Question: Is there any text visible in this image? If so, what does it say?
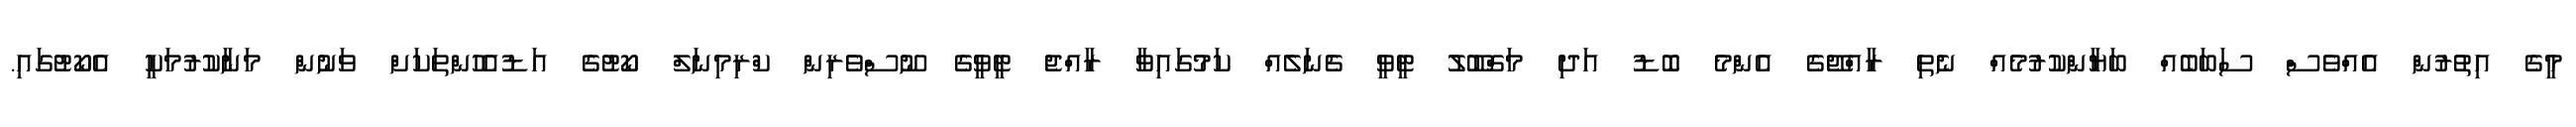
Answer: މީގެ އިތުރުން އެއްވެސް ސަބަބެއް ބަޔާންކުރުމެއް ނެތި ރާއްޖޭގެ އެންމެ ބޮޑު އަދި މަޤްބޫލު ޓީވީ ޗެނަލެއް ކަމުގައިވާ ރާއްޖެ ޓީވީގެ ނޫސްވެރިން ކްރިމިނަލް ކޯޓުގެ އަޑުއެހުންތަކަށް ވަނުން މަނާކުރުމަކީ އެކޯޓުގައި.